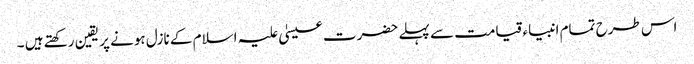
اس طرح تمام انبیاء قیامت سے پہلے حضرت عیسیٰ علیہ اسلام کے نازل ہونے پر یقین رکھتے ہیں ۔